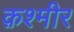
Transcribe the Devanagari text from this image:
क़श्मीर